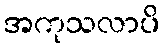
အကုသလာပိ